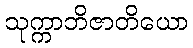
သုက္ကာဘိဇာတိယော